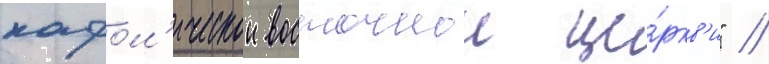
кафол'ическои восточнои це́ркв'и" //